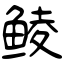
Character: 鲮